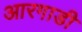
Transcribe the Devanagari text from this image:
आरगाडी